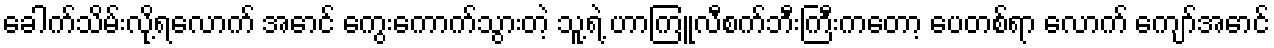
ခေါက်သိမ်းလို့ရလောက် အောင် ကွေးကောက်သွားတဲ့ သူ့ရဲ့ ဟာကြူလီစက်ဘီးကြီးကတော့ ပေတစ်ရာ လောက် ကျော်အောင်